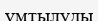
үмтылуды